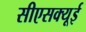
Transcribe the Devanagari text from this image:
सीएसक्यूई